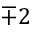
\mp 2